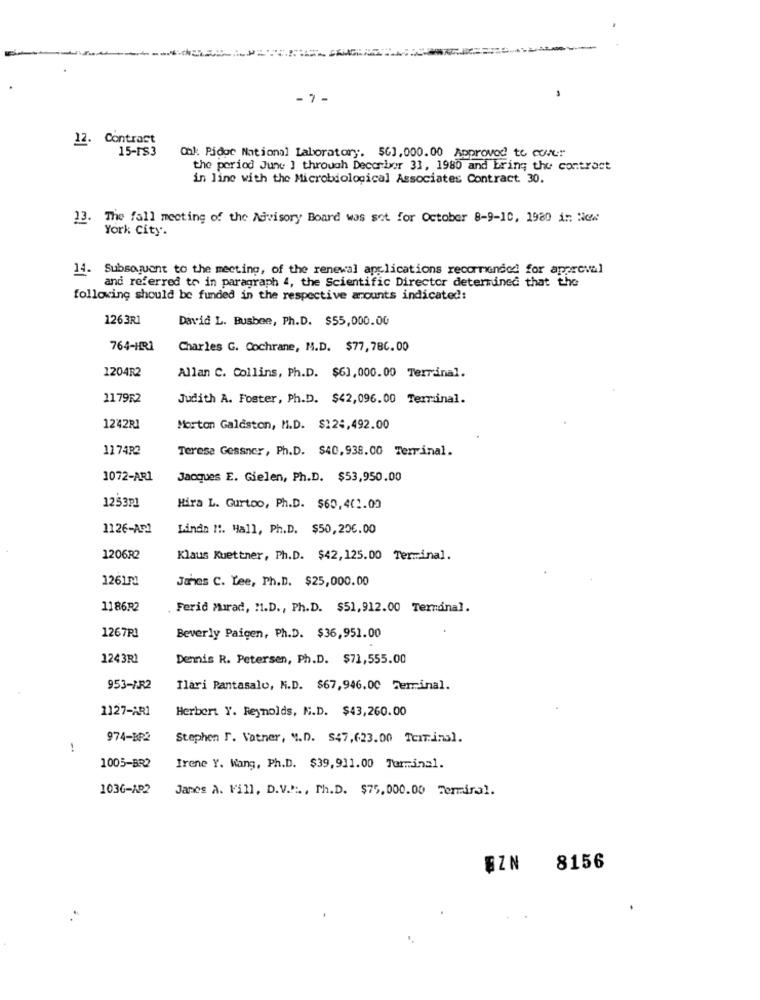
-7-
12. Contract
15-rs3
Onk: Pidoe National Laboratory. $6],000.00 Approved to cover
the period June ] through Decorbor 31, 1980 and bring the contract
in line with the Microbiological Associates Contract. 30.
13. The fall meeting of the Advisory Board was set for October 8-9-10, 1980 in New
York City.
14. Subsequent to the meeting, of the renewal applications recommended for approval
and referred to in paragraph 4, the Scientific Director determined that the
following should be funded in the respective amounts indicated:
1263R1
David L. Busbee, Ph.D. $55,000.00
764-HR1
Charles G. Cochrane, M.D. $77, 780.00
1204R2
Allan C. Collins, Ph.D. $63,000.00 Terrinal.
117962
Judith A. Foster, Ph.D. $42,096.00 Terminal.
1242R1
Morton Galdston, M.D. $124,492.00
117432
Terese Gessner, Ph.D. $40, 938.00 Terrinal.
1072-AR1
Jacques E. Gielen, Ph.D. $53,950.00
1253P1
Hira L. Gurtoo, Ph.D. $60, 402.03
1126-AP1
Linda H :. Hall, Ph.D. $50,256.00
1206R2
Klaus Kuettner, Ph.D. $42,125.00 Terminal.
126171
Janes C. Lee, Ph.D. $25,000.00
1186R2
Ferid Murad, M.D ., Ph.D. $51,912.00 Terminal.
1267R1
Beverly Paigen, Ph.D. $36,951.00
1243RI
Dennis R. Petersen, Ph.D. $71,555.00
953-AR2
Ilari Pantasalo, M.D. $67,946.00 Terminal.
1127-AR1
Herbert Y. Reynolds, M.D. $43,260.00
974-BP2
Stephen r. Vatner, ".D. $47,623.00 Terminal.
!
1005-BR2
Irene Y. Wang, Ph.D. $39,911.00 Terminal.
1036-AP2
Janes a. Vill, D.V ...., Ph.D. $75,000.00 Terminal.
EZN
8156